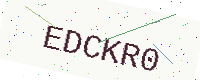
Text: EDCKR0